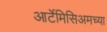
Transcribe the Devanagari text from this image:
आर्टेमिसिअमच्या